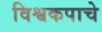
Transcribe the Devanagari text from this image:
विश्वकपाचे